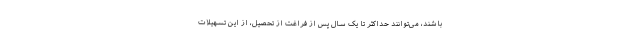
باشند، می‌توانند حداکثر تا یک سال پس از فراغت از تحصیل، از این تسهیلات